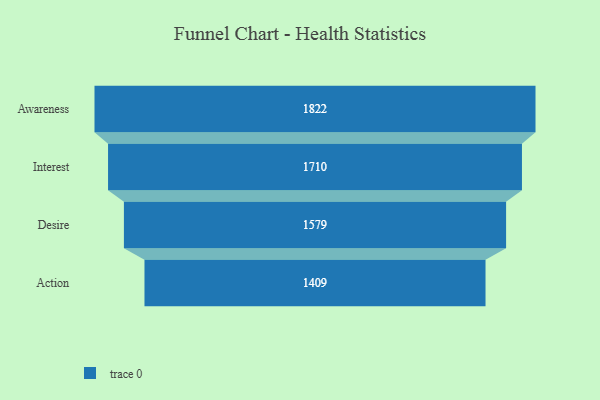
{"axis": {"x": "Stage", "y": "Value"}, "legend": [""], "data": [{"x": "Awareness", "y": 1822.0, "type": ""}, {"x": "Interest", "y": 1710.0, "type": ""}, {"x": "Desire", "y": 1579.0, "type": ""}, {"x": "Action", "y": 1409.0, "type": ""}]}